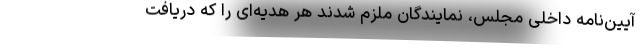
آیین‌نامه داخلی مجلس، نمایندگان ملزم شدند هر هدیه‌ای را که دریافت